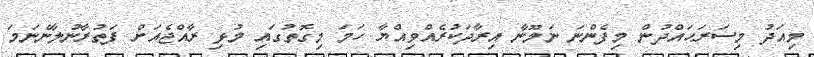
މިއަދު މިސަރަޙައްދުން މިފެންނަ ނަމޫނާ އިރާދަކުރެއްވިއްޔާ ހަމަ މިގޮތުގައި މުޅި ރާއްޖެއަށް ފަތުރާނުލާނެނަމަ